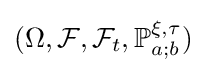
(\Omega ,{\mathcal {F}},{\mathcal {F}}_{t},\mathbb {P} _{a;b}^{\xi ,\tau })